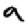
Digit: 9